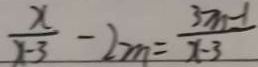
\frac { x } { x - 3 } - 2 m = \frac { 3 m - 1 } { x - 3 }